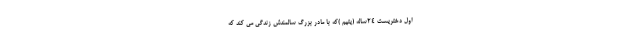
اول دختریست ۲۴ساله (یتیم )که با مادر بزرگ سالمندش زندگی می کند که